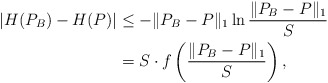
\begin{align*}|H(P_B) - H(P)| & \leq - \| P_B - P \|_1 \ln \frac{\| P_B - P \|_1}{S} \\& = S \cdot f\left( \frac{\| P_B - P \|_1}{S} \right),\end{align*}